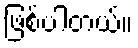
ဖြစ်ပါတယ်။